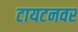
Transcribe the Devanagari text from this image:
टायटनवर